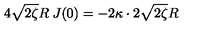
4 \sqrt { 2 \zeta } R \: J ( 0 ) = - 2 \kappa \cdot 2 \sqrt { 2 \zeta } R